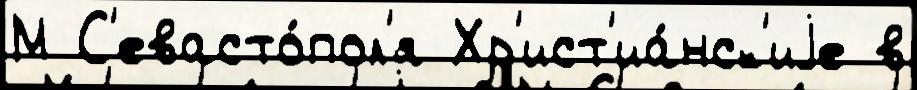
М С'евасто́пол'я Хр'ист'иа́нск'иjе в